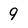
Character: 9